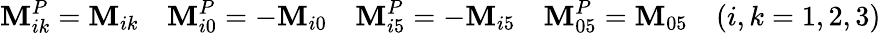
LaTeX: \mathbf{M}_{ik}^{P}=\mathbf{M}_{ik}\quad\mathbf{M}_{i0}^{P}=-\mathbf{M}_{i0}\quad\mathbf{M}_{i5}^{P}=-\mathbf{M}_{i5}\quad\mathbf{M}_{05}^{P}=\mathbf{M}_{05}\quad(i,k=1,2,3)